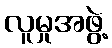
လူမှုအဖွဲ့